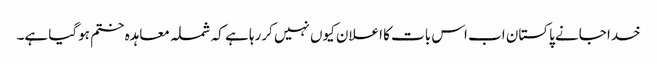
خدا جانے پاکستان اب اس بات کا اعلان کیوں نہیں کررہا ہے کہ شملہ معاہدہ ختم ہوگیا ہے۔